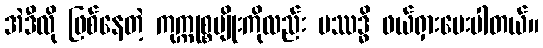
အဲဒီလို ဖြစ်နေတဲ့ ကုက္ကုစ္စမျိုးကိုလည်း ပဿဒ္ဓိ ဖယ်ရှားပေးပါတယ်။